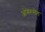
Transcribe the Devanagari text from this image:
ओबेरुसेल